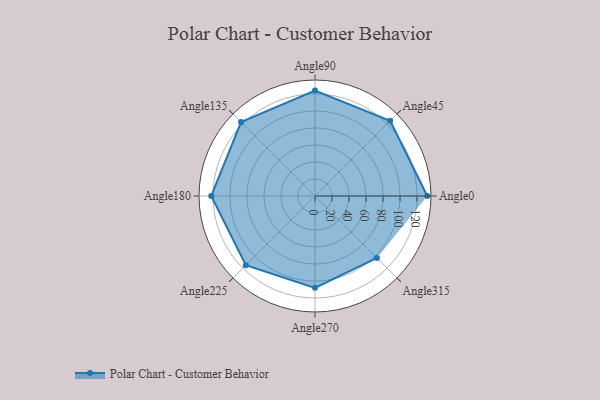
{"axis": {"x": "Angle", "y": "Radius"}, "legend": [""], "data": [{"x": "Angle0", "y": 132.0, "type": ""}, {"x": "Angle45", "y": 125.0, "type": ""}, {"x": "Angle90", "y": 124.0, "type": ""}, {"x": "Angle135", "y": 123.0, "type": ""}, {"x": "Angle180", "y": 122.0, "type": ""}, {"x": "Angle225", "y": 115.0, "type": ""}, {"x": "Angle270", "y": 108.0, "type": ""}, {"x": "Angle315", "y": 103.0, "type": ""}]}